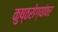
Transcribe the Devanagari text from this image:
कुष्ठरोग्यांवर